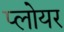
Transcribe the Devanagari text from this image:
प्लोयर